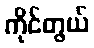
ကိုင်တွယ်